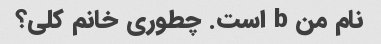
نام من b است. چطوری خانم کلی؟